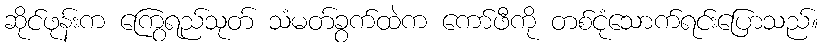
ဆိုင်ဖုန်းက ကြွေရည်သုတ် သံမတ်ခွက်ထဲက ကော်ဖီကို တစ်ငုံသောက်ရင်းပြောသည်။